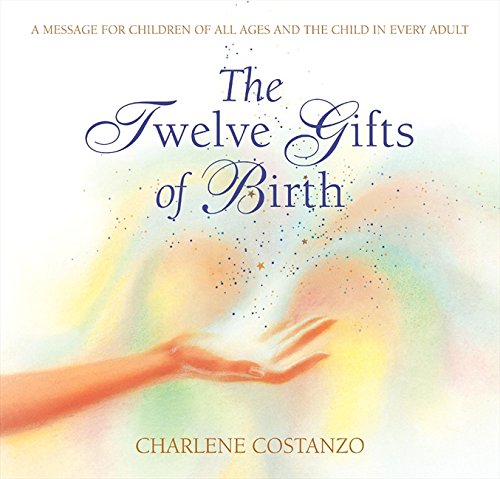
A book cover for The Twelve Gifts of Birth (Twelve Gifts Series); Charlene Costanzo; Parenting & Relationships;